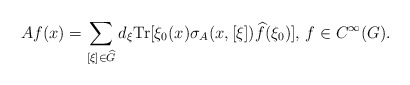
\begin{align*} Af(x)=\sum_{[\xi]\in \widehat{G}}d_\xi\textnormal{Tr}[\xi_0(x)\sigma_{A}(x,[\xi])\widehat{f}(\xi_0)],\,f\in C^\infty(G). \end{align*}